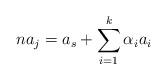
LaTeX: \begin{align*} n a_j = a_s + \sum_{i=1}^k \alpha_i a_i\end{align*}